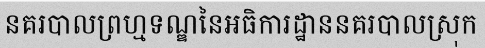
នគរបាលព្រហ្មទណ្ឌនៃអធិការដ្ឋាននគរបាលស្រុក